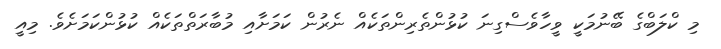
މި ކްލަބްގެ ބޭނުމަކީ ވީހާވެސްގިނަ ކުޅުންތެރިންތަކެއް ނެރުން ކަމަށާއި މުބާރަތްތަކެއް ކުޅުންކަމަށެވެ. މިއީ